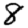
Digit: 8